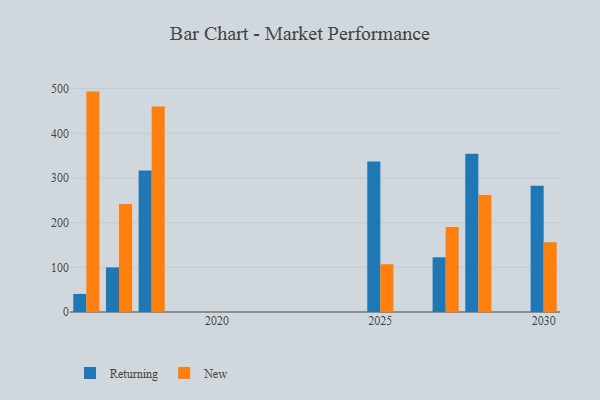
{"axis": {"x": "Year", "y": "Shipments"}, "legend": ["New", "Returning"], "data": [{"x": "2016", "y": 40.5, "type": "Returning"}, {"x": "2016", "y": 493.4, "type": "New"}, {"x": "2027", "y": 122.5, "type": "Returning"}, {"x": "2027", "y": 190.3, "type": "New"}, {"x": "2017", "y": 99.9, "type": "Returning"}, {"x": "2017", "y": 241.8, "type": "New"}, {"x": "2030", "y": 282.9, "type": "Returning"}, {"x": "2030", "y": 156.2, "type": "New"}, {"x": "2028", "y": 354.5, "type": "Returning"}, {"x": "2028", "y": 262.1, "type": "New"}, {"x": "2025", "y": 336.8, "type": "Returning"}, {"x": "2025", "y": 106.9, "type": "New"}, {"x": "2018", "y": 317.0, "type": "Returning"}, {"x": "2018", "y": 460.1, "type": "New"}]}